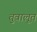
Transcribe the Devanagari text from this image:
तुवालूत